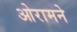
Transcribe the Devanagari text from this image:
ओरामने